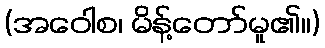
(အဝေါစ၊ မိန့်တော်မူ၏။)